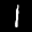
Label: 1